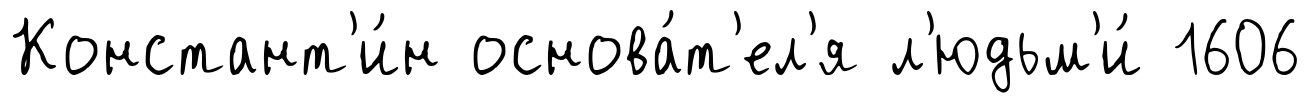
Констант'и́н основа́т'ел'я л'юдьм'и́ 1606